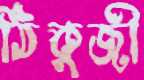
ঠিকুজী